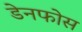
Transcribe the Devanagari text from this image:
डेनफोस